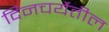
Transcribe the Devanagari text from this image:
दिनचर्येतील